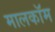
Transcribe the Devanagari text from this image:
मालकॉम